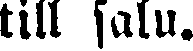
till salu.